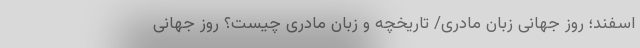
اسفند؛ روز جهانی زبان مادری/ تاریخچه و زبان مادری چیست؟ روز جهانی